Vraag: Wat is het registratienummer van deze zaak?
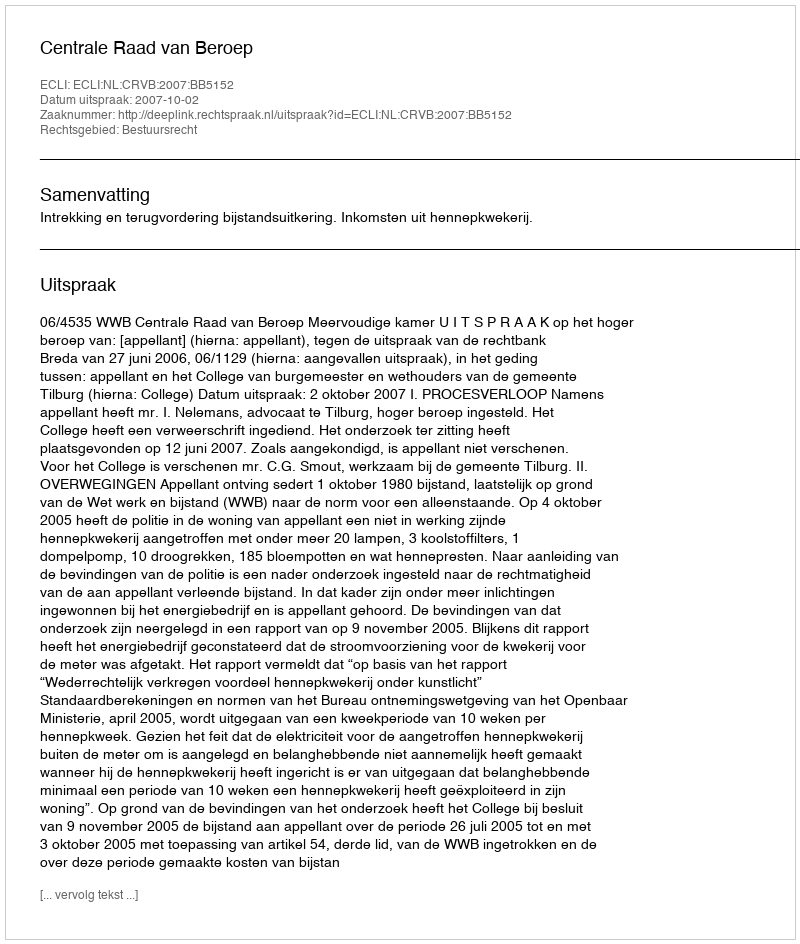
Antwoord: http://deeplink.rechtspraak.nl/uitspraak?id=ECLI:NL:CRVB:2007:BB5152